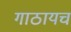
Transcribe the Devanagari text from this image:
गाठायच